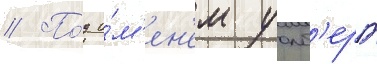
// По́д и́м'ен'ем уолб'ерг